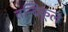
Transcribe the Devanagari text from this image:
तन्दिकूल